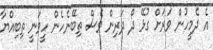
އެ ދެމީހުން ވަރަށް ގުޅޭ ދޯ ދަރިން ވެސް ތިބޭނެހެން ހީވަނީ ތިބިއްޔާ